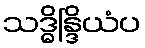
သဒ္ဓိန္ဒြိယံပ